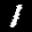
Label: 1